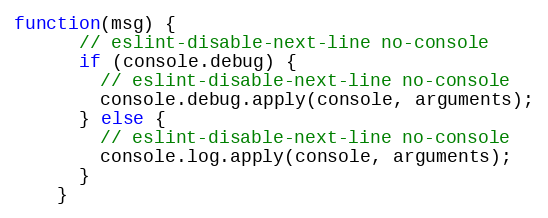
Language: JavaScript
function(msg) {
      // eslint-disable-next-line no-console
      if (console.debug) {
        // eslint-disable-next-line no-console
        console.debug.apply(console, arguments);
      } else {
        // eslint-disable-next-line no-console
        console.log.apply(console, arguments);
      }
    }